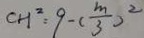
C H ^ { 2 } = 9 - ( \frac { m } { 3 } ) ^ { 2 }